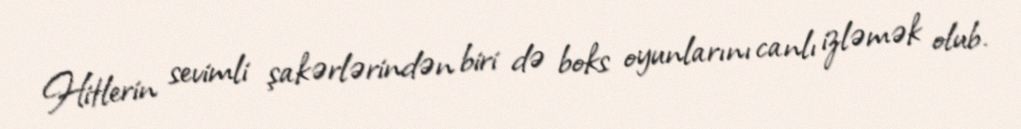
Hitlerin sevimli şakərlərindən biri də boks oyunlarını canlı izləmək olub.